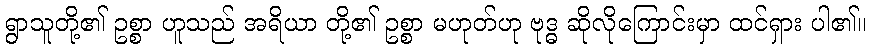
ရွာသူတို့၏ ဥစ္စာ ဟူသည် အရိယာ တို့၏ ဥစ္စာ မဟုတ်ဟု ဗုဒ္ဓ ဆိုလိုကြောင်းမှာ ထင်ရှား ပါ၏။